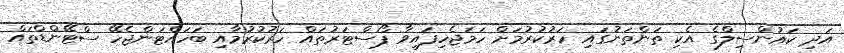
އަދި ކައުންސިލްގެ އެކި ތަންތަނުގައި ހަރުކުރުމަށް ހަމަޖެހިފައިވާ ޕޯސްޓަރުތައް ހަރުކުރުމާއި ބަހައްޓަންޖެހޭ ސްޓޭންޑްތައް